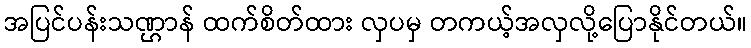
အပြင်ပန်းသဏ္ဌာန် ထက်စိတ်ထား လှပမှ တကယ့်အလှလို့ပြောနိုင်တယ်။